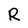
Character: R